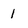
Character: I